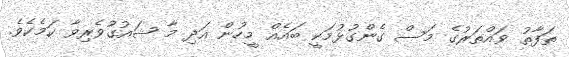
ތަފާތު ވައްތަރުގެ މަސް ގެންގުޅުމަކީ ބައެއް މީހުން އަދި މާ ޝައުގުވެރިވާ ކަމެކެވެ.